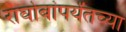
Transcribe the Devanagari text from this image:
राघोबांपर्यंतच्या